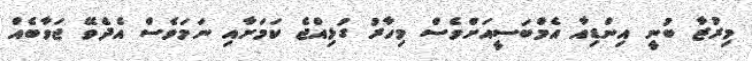
މިރުޒާ ބުނީ އިންޑިއާ އެމްބަސީއަށްވެސް މިހާރު ގުޅިއްޖެ ކަމަށާއި ނަމަވެސް އެދެވޭ ޖަވާބެއް